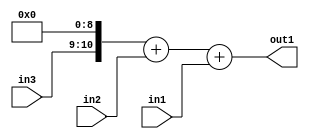
`timescale 1ps / 1ps
/*****************************************************************************
    Verilog RTL Description
    
    
    Created by: Stratus DpOpt 2019.1.01 
*******************************************************************************/

module SobelFilter_Add3u9u2Cati0u2_1 (
	in3,
	in2,
	in1,
	out1
	); /* architecture "behavioural" */ 
input [1:0] in3,
	in2;
input [8:0] in1;
output [10:0] out1;
wire [10:0] asc001,
	asc002;

assign asc002 = {in3,9'B000000000};

wire [10:0] asc001_tmp_0;
assign asc001_tmp_0 = 
	+(asc002)
	+(in2);
assign asc001 = asc001_tmp_0
	+(in1);

assign out1 = asc001;
endmodule

/* CADENCE  uLb0TAs= : u9/ySgnWtBlWxVPRXgAZ4Og= ** DO NOT EDIT THIS LINE ******/